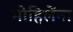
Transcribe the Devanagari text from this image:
मोहिलेंना